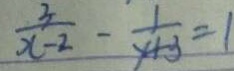
\frac { 5 } { x - 2 } - \frac { 1 } { y + 3 } = 1